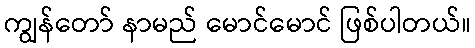
ကျွန်တော် နာမည် မောင်မောင် ဖြစ်ပါတယ်။